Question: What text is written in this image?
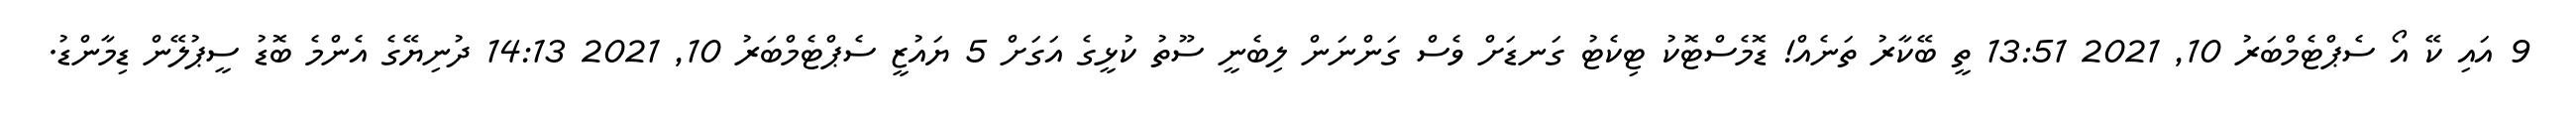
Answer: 9 އައި ކޭ އޯ ސެޕްޓެމްބަރު 10, 2021 13:51 ތީ ބޭކާރު ތަނެއް! ޑޮމެސްޓޮކު ޓިކެޓު ގަނޑަށް ވެސް ގަންނަން ލިބެނީ ސޫތު ކުޅީގެ އަގަށް 5 ޔައުޒީ ސެޕްޓެމްބަރު 10, 2021 14:13 ދުނިޔޭގެ އެންމެ ބޮޑު ސީޕުލޭން ޑިމާންޑު.